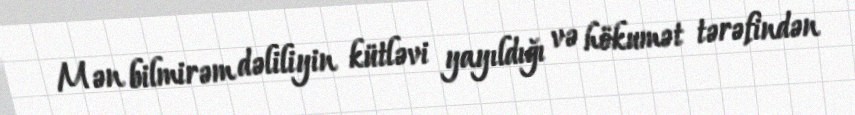
Mən bilmirəm dəliliyin kütləvi yayıldığı və hökumət tərəfindən